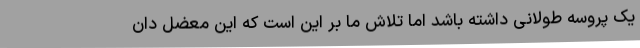
یک پروسه طولانی داشته باشد اما تلاش ما بر این است که این معضل دان